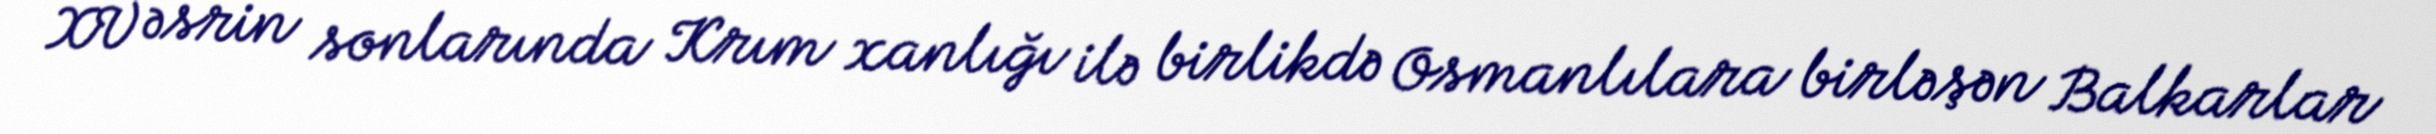
XV əsrin sonlarında Krım xanlığı ilə birlikdə Osmanlılara birləşən Balkarlar